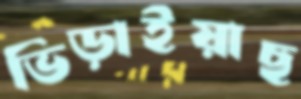
ভিড়াইয়াছ